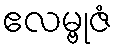
ဧလမ္ဗုဇံ